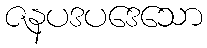
ဇနပဒပဒေသော